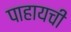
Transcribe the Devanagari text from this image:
पाहायची